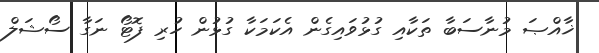
ޚާއްޞަ މުނާސަބާ ތަކާއި ގުޅުވައިގެން އެކަމަކާ ގުޅުން ހުރި ފޮޓޯ ނަގާ ސޯޝަލް